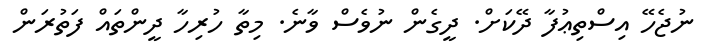
ނުޖެހޭ އިސްތިޢުފާ ދޭކަށް. ދީގެން ނުވެސް ވާނެ. މިތާ ހުރިހާ ދީންތައް ފަތުރަން